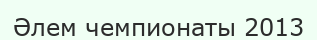
Әлем чемпионаты 2013